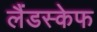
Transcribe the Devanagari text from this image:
लैंडस्केफ